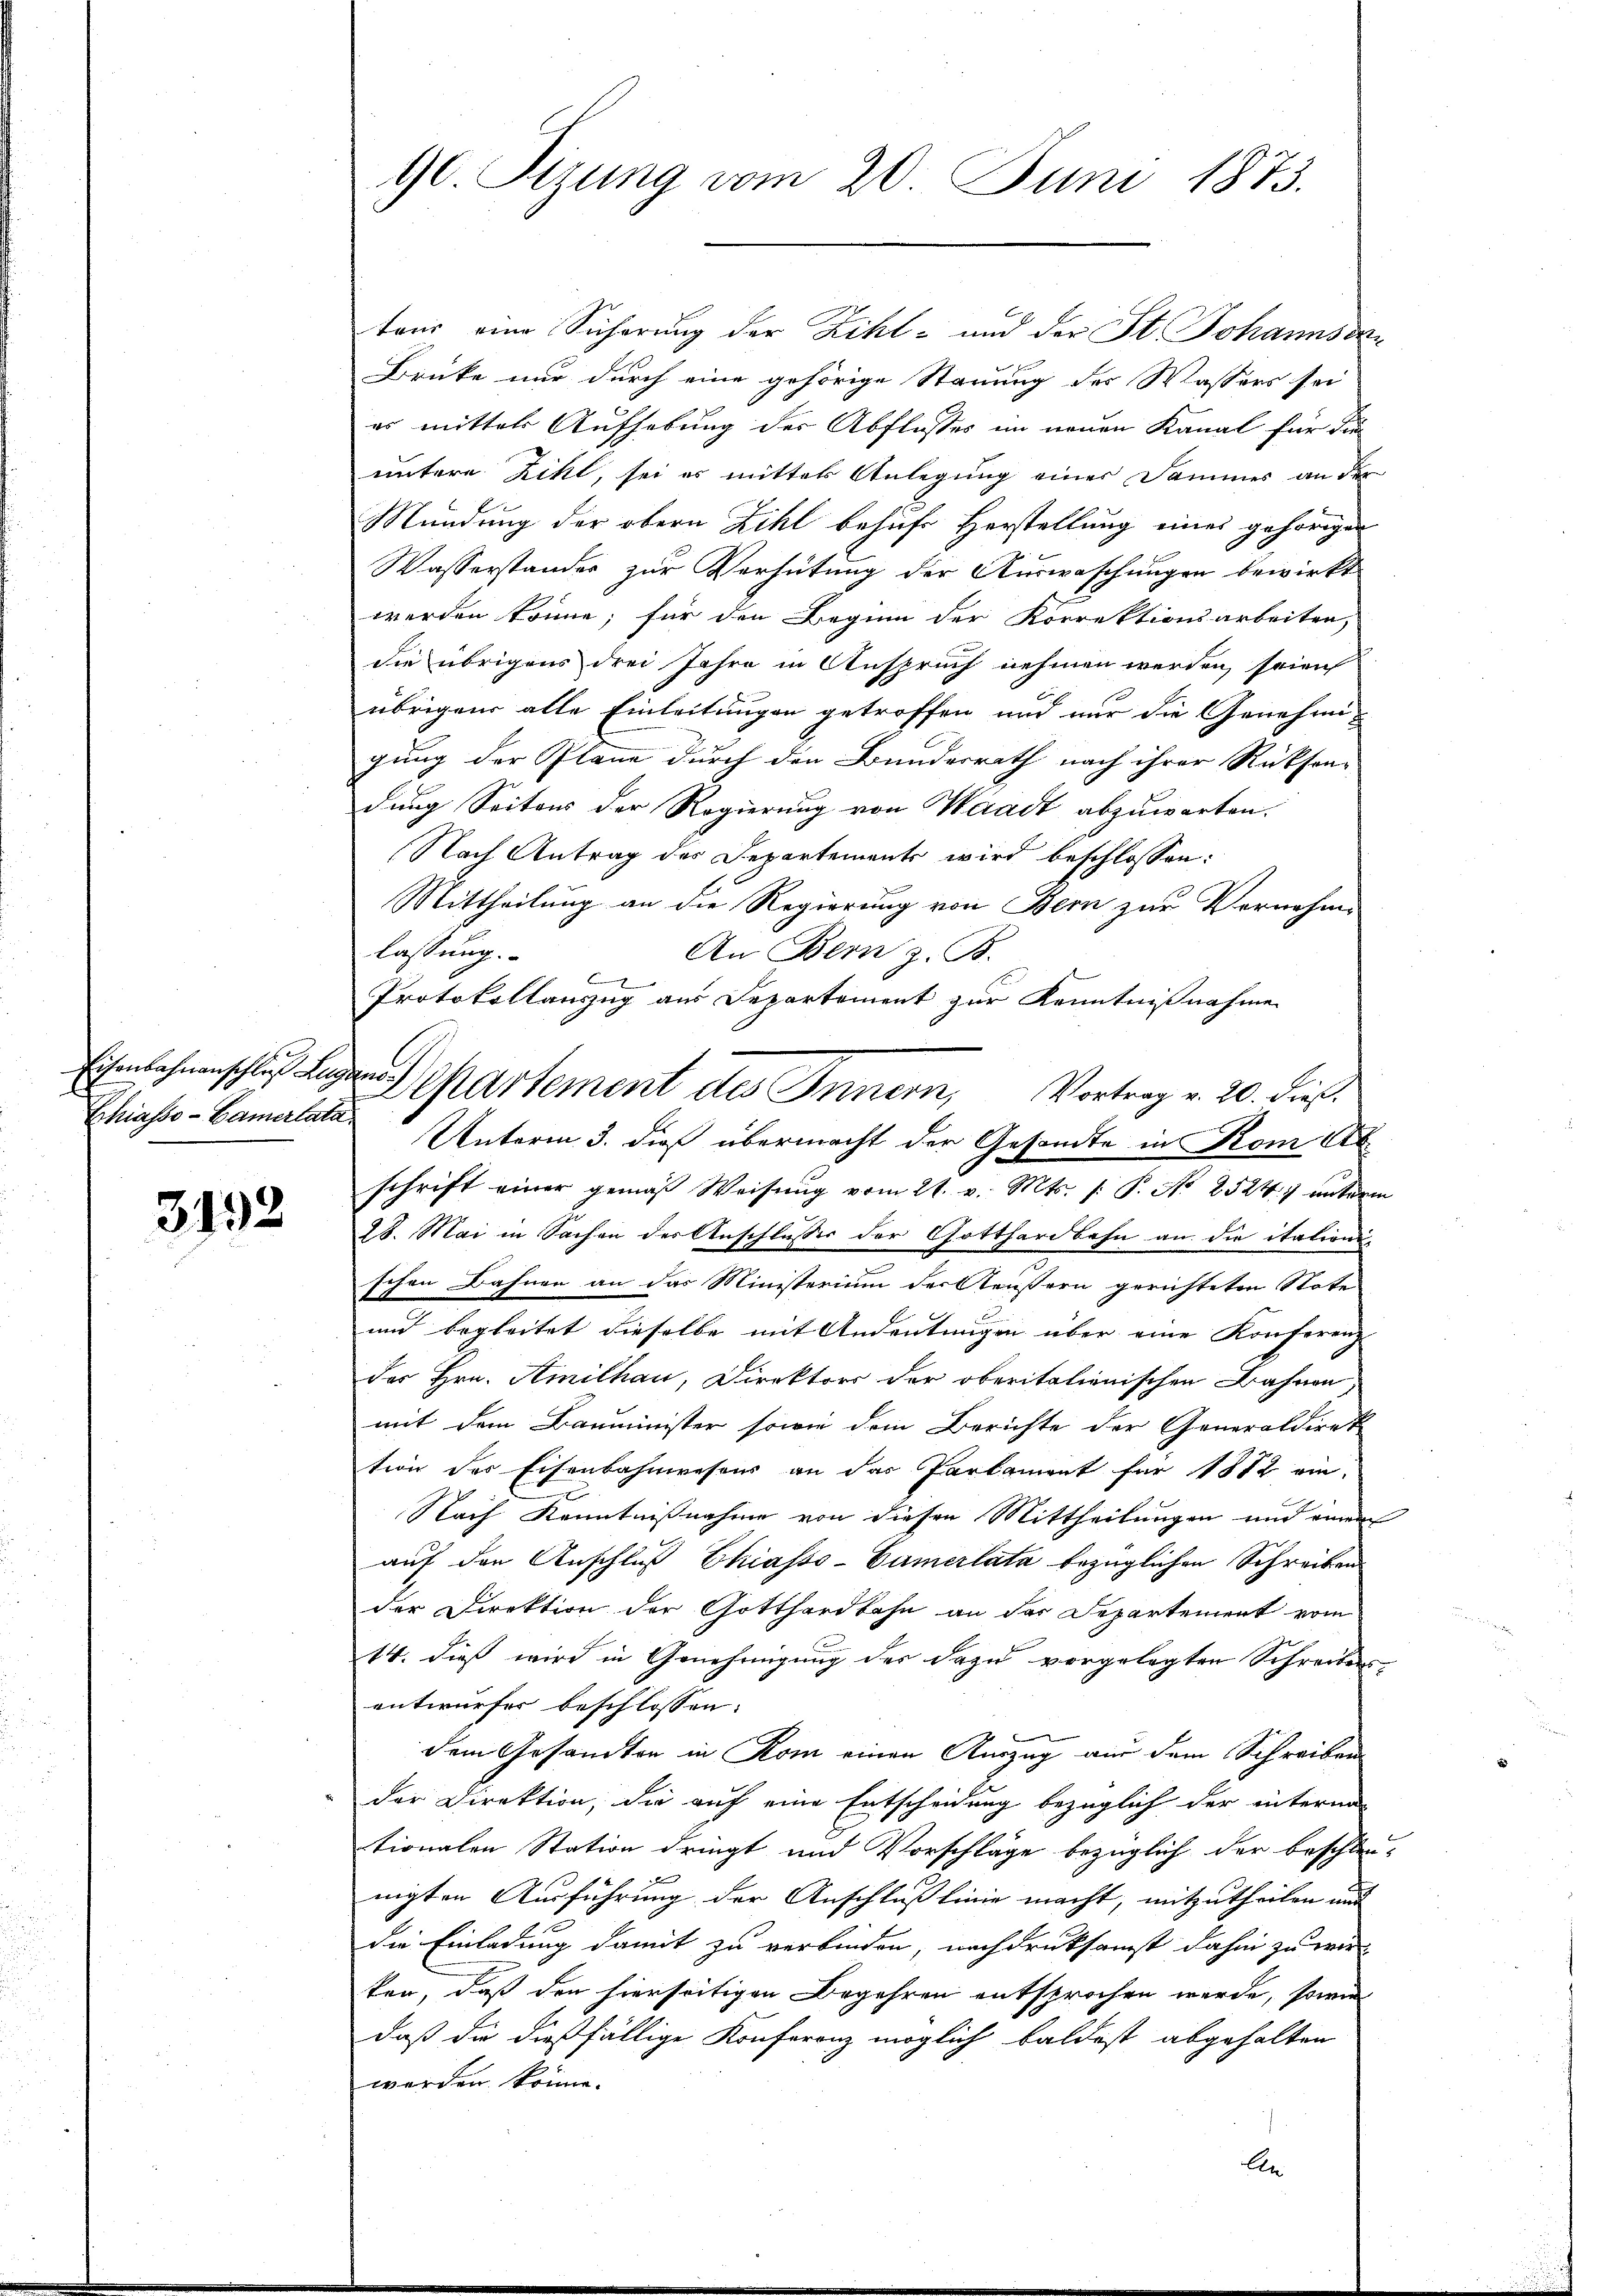
Schiasso- Camerlata

3192

teur eine Sicherung der Zihl- und der St. Johannsc
Drücke nur durch eine gehörige Stauung des Wassers sei
es mittels Aufhebung der Abflusses im neuen Kanal für die
untere Zikt, sei es mittel Anlegung einer Sammes an der
Mündung der obern Zihl behufe Herstellung eines gehörigen
Wasserstander zur Verhütung der Auswaschungen bewirkt
werden könne; für den Beginn der Korrektionsarbeiten,
die übrigens drei Jahre in Anspruch nehmen werden, soieuch
übrigen alle Einleitungen getroffen und nur die Genehmigung der Pläne durch den Bundesrath nach ihrer Rücksendung Seitens der Regierung von Waadt abzuwarten.
Nach Antrag des Departements wird beschlossen:
Mittheilung an die Regierung von Bern zur Vernehme
lassung.
An Bern z. B.
6
Protokollauszug aus Departement zur Kenntnißnahme
Ehenlehnenschlus Leger Departement des Innern, Vortrag v. 20. dieß.
Unterm 3. die übermacht der Gesandte in Rom Abschrift einer gemäβ Weisŭng vom 24. v. Mts. (: P. Nr. 2524) unterm
28. Mai in Sachen der Anschlusser der Gotthardbahn an die itations-
schon Bahnen an das Ministerium der Aeußern gerichteten State
und begleitet dieselbe mit Andeutungen über eine Konferenz
des Hrn. Amilhau, Direktors der oberitationischen Bahnen,
mit dem Bauminister sowie dem Berichte der Generaldiret
tion des Eisenbahnwesens an das Parlament für 1882 ein¬
Nach Kenntnißnahme von diesen Mittheilungen und einem
auf den Anschluß Chiasso-Camerlata bezüglichen Schreiben
der Direktion der Gotthardbahn an der Departement vom
14. dieß wird in Genehmigung der dazu vorgelegten Schreibens
entwurfes beschlossen:
dem Gesandten in Rom einen Auszug an dem Schreiben
der Direktion, die auf eine Entscheidung bezüglich der interna
tionalen Station dringt und Vorschläge bezüglich der beschleunigten Ausführung der Anschlusslinie macht, mitzutheilen und
die Einladung damit zu verbinden, nachdruksamst dahin zu wir
ken, daß den hierseitigen Begehren entsprochen werde, sowie
daß die dießfällige Konferenz möglich baldest abgehalten
werden könne.
An

90. Sizung vom 20. Juni 1873.